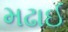
મઢાઈ